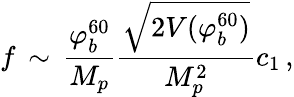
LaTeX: f\, \sim\, {\frac{\varphi_{b}^{60}}{M_{p}}}{\frac{\sqrt{2V(\varphi_{b}^{60})}}{M_{p}^{2}}}c_{1}\, ,